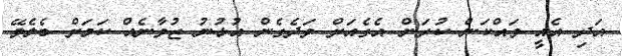
އަދި އެއީ ވައްކަން ކުރަން އެގެއަށް ވަދެގެން އުޅުނު ޒުވާނެއް ކަމަށް ބެލެވޭ